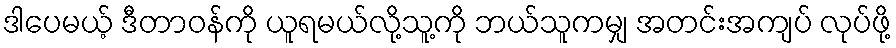
ဒါပေမယ့် ဒီတာဝန်ကို ယူရမယ်လို့သူ့ကို ဘယ်သူကမျှ အတင်းအကျပ် လုပ်ဖို့